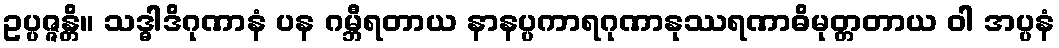
ဥပ္ပဇ္ဇန္တိ။ သဒ္ဓါဒိဂုဏာနံ ပန ဂမ္ဘီရတာယ နာနပ္ပကာရဂုဏာနုဿရဏာဓိမုတ္တတာယ ဝါ အပ္ပနံ